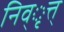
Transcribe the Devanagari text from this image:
निव्ृत्त्